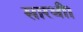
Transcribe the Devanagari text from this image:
सारथी।